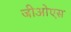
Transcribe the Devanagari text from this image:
जीओएस